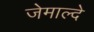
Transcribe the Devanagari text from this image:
जेमाल्दे